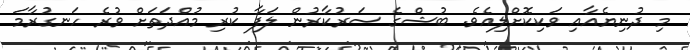
މި ދުނިޔެއާއި ވަކިކޮށްލިއެވެ. ބުޝްގެ ސަރުކާރުން ލަފާ ކުރި މުއްދަތަށް ވުރެ ހަނގުރާމަ